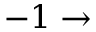
- 1 \to